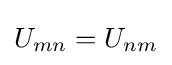
U_{mn}=U_{nm}